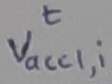
Text: t,vacc1,i